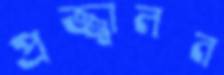
প্রজ্জ্বালন